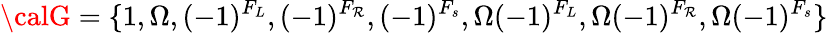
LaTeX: {\calG}=\{ 1,\Omega,(-1)^{F_{L}},(-1)^{F_{\mathcal{R}}},(-1)^{F_{s}},\Omega(-1)^{F_{L}},\Omega(-1)^{F_{\mathcal{R}}},\Omega(-1)^{F_{s}}\}